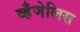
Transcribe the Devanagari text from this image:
व्हँजेलिस